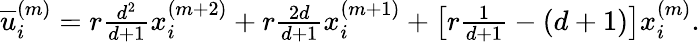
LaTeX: \begin{array}{r}{\overline{{u}}_{i}^{\left(m\right)}=r\frac{d^{2}}{d+1}x_{i}^{(m+2)}+r\frac{2d}{d+1}x_{i}^{(m+1)}+\left[r\frac{1}{d+1}-(d+1)\right]x_{i}^{(m)}.}\end{array}